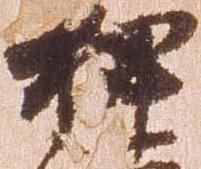
押